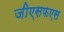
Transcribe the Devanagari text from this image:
जीएसफएस